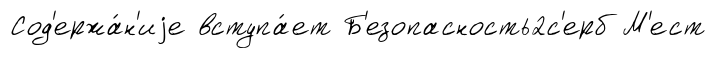
Сод'ержа́н'иjе вступа́ет Б'езопасность2с'ерб М'ест